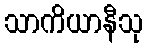
သာကိယာနီသု